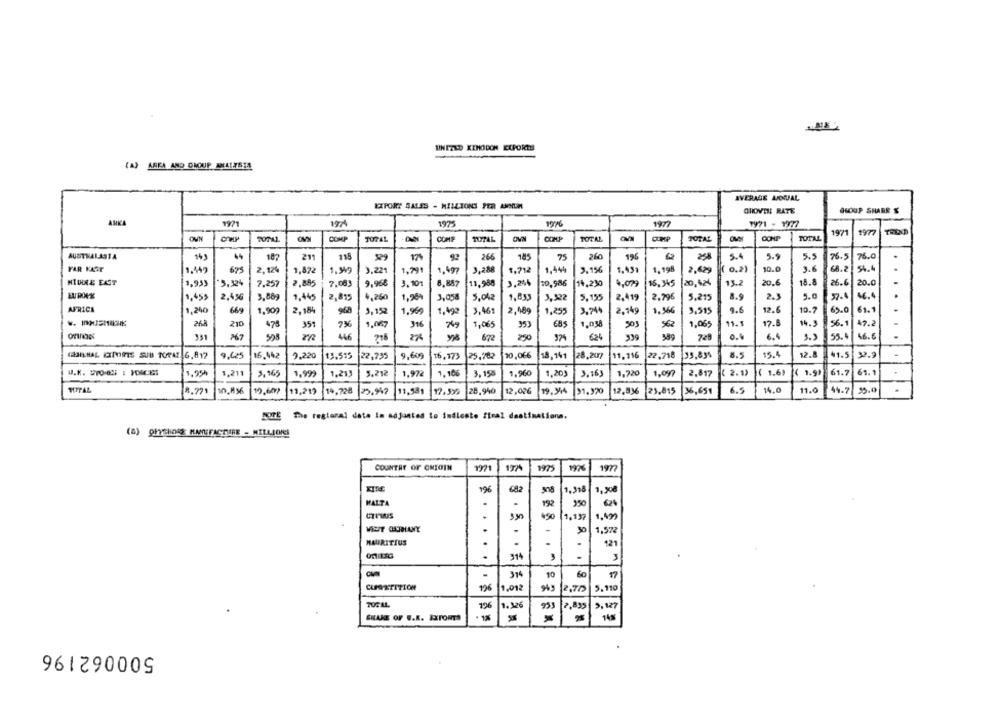
UNITED KENODON EXPORTS
(A) ARKA AND GROUP NELLASTA
AVERAGE ANNUAL
EXPORT SALES - MILLIONS PER ANNUM
CHOVEN RATE
GROUP SHARE $
ANKA
1971
174
1975
1977
1971
1977
TREND
20741.
COMP
COMP
TOTAL
OVN
TOTAL
COMP
TOTAL
COHP
TOTAL
AUSTRALASIA
14,
44
187
211
115
529
17
93
266
185
75
260
196
5.4
5.9
5.5
76.5
75.0
.
675
1,99
3.221
3,288
1,712
2.15%
1.198
( 0.2)
10.0
3.6
68.2 54.4
.
1.442
2,12%
1,872
1,791
1.497
1,444
1.431
2.629
MICHAL EAST
13,953
*3,324
7.257
2.885
7.083
9.968
3.101
8.887
13,988
3.244
10,986
14,230
1,000
15, 345
20,424
13.2
20.6
18.8
26.6
20.0
.
1.453
2,4 36
3,88
9,445
2,815
4,260
1,9%
3,05
5,042
1,83
5.155
2,419
2.796
5.215
8.9
2.3
5.0
57.1
46.4
. .
3,322
AFRICA
1,240
66%
1.909
2,184
968
3,152
1,9%
1, 400
3,461
2,489
1,253
3.744
2,149
1,966
3,515
9.6
12.6
10.7
65.0
61.1
.
26
210
478
35
7%
1.087
316
1,065
683
1.038
501
56
1,065
11.1
17.8
14.3
56.1
47.2
331
525
446
27%
672
250
624
7zł
0.
6.4
3.3
55.4
46.6
.
. .
9.625
16.442
9,220
13.515
22.735
9,609
16,173
25.782
20,066
18,161
28,207
11, 116
22,718 35,83%
8.
15.4
12.8
41.5
1.954
1,211
3,965
1.99%
1,21
5.212
1.972
1.100
3.150
1.960
1.20
3.163
1.220
1.09
2.817
( 2.1)
( 1.6)
( 1.91
61.7
61.1
8.771
19,607
11,212
14,728
25.947
11.531
12.599
20,940
12,026
19.94
12,936
21,815
36,651
6.5
14.0
11.0
44.7
.
NOTE The regional date Im adjusted to indicate final destinatione.
(6) OF75HO MANUFACTURE - MILLIONS
COUNTRY OF OMTOIN
1221
174
197:
1977
196
1,318
MALTA
192
62
450
1.137
VELIT CUBIANY
2
1,572
MAURITIUS
..
121
314
3
..
314
10
60
17
CLPETITION
196
1.012
12,75
5.110
TUGAL
12
1.326
933
2.835
9,127
SHAKE OF G.K. EXPORTS
x
145
500062196